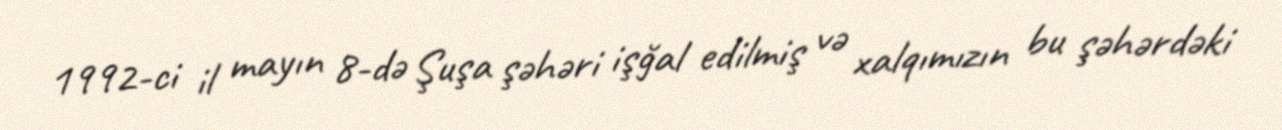
1992-ci il mayın 8-də Şuşa şəhəri işğal edilmiş və xalqımızın bu şəhərdəki